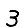
Digit: 3